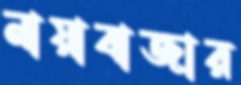
নায়াবাজার